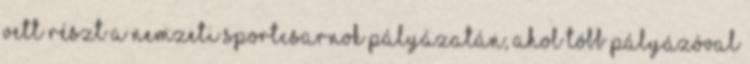
vett részt a Nemzeti Sportcsarnok pályázatán, ahol több pályázóval